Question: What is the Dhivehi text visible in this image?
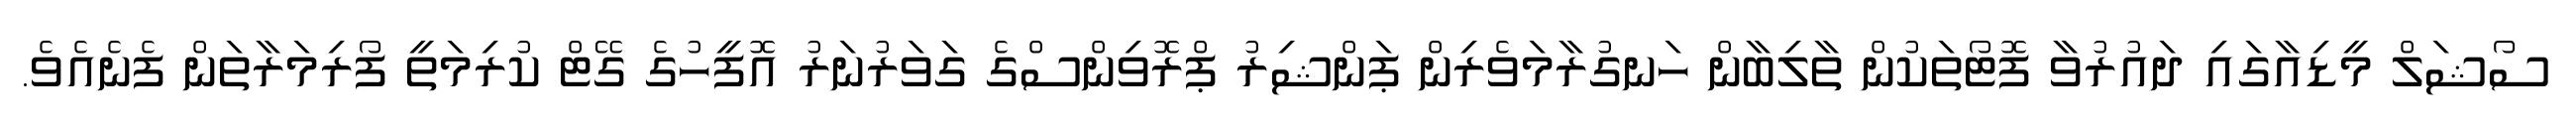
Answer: ސޯޝަލް މީޑިއާގައި ދައުރުވާ ފޮޓޯތަކުން ތާލިބާން ހަނގުރާމަވެރިން ޕަންޝިރު ޕްރޮވިންސްގެ ގަވަރުނަރު އޮފީހުގެ ގޭޓް ކުރިމަތީ ފޯރިމަރާތަން ފެނެއެވެ.